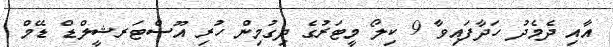
އާއި ދެމެދު ހަދާފައިވާ 9 ކިލޯ މީޓަރުގެ ދިގުމިން ހުރި އޫސްޓަރޝީލްޑް ޑޭމް